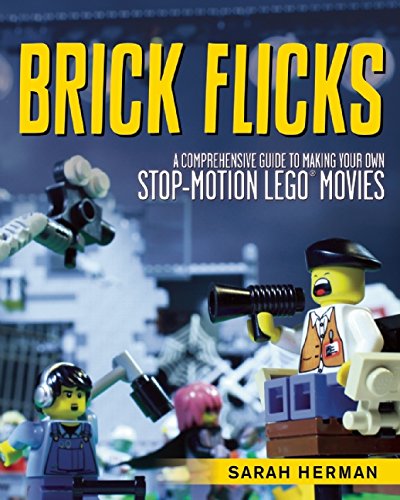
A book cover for Brick Flicks: A Comprehensive Guide to Making Your Own Stop-Motion LEGO Movies; Sarah Herman; Humor & Entertainment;